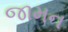
જામન